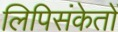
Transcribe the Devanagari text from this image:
लिपिसंकेतों